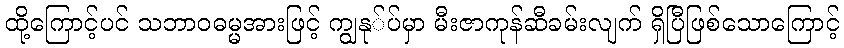
ထို့ကြောင့်ပင် သဘာဝဓမ္မအားဖြင့် ကျွနု်ပ်မှာ မီးဇာကုန်ဆီခမ်းလျက် ရှိပြီဖြစ်သောကြောင့်